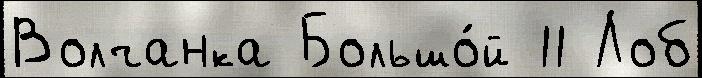
Волчанка Большо́й 11 Лоб